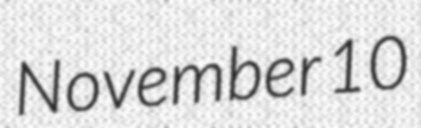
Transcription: November 10